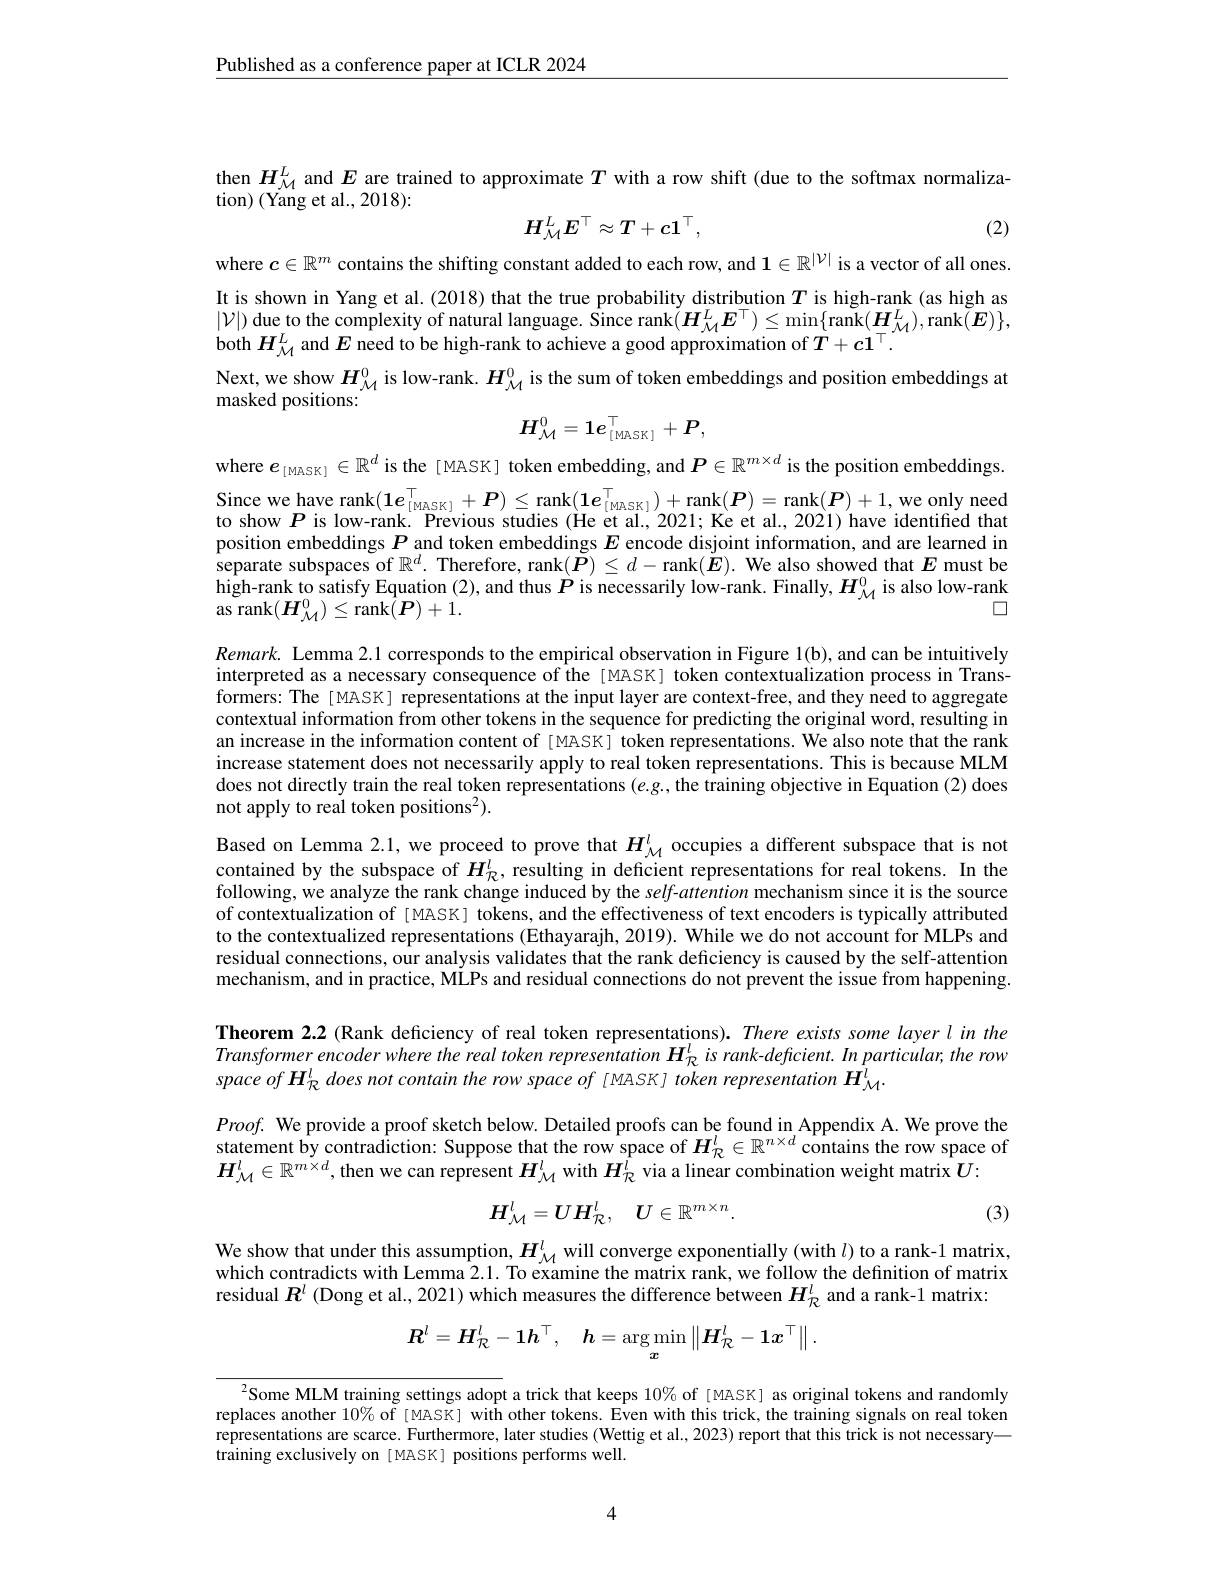
$\underline{\text{Published as a conference paper at ICLR 2024}}$

then $H_{\mathcal{M}}^L$ and $E$ are trained to approximate $T$ with a row shift (due to the softmax normaliza-

tion) (Yang et al., 2018):
$$H_{\mathcal{M}}^LE^\top\approx T+c1^\top,$$
(2)

where $c\in\mathbb{R}^m$ contains the shifting constant added to each row, and $1\in\mathbb{R}^{|\mathcal{V}|}$ is a vector of all ones. It is shown in Yang et al.(2018) that the true probability distribution $T$ is high-rank (as high as $|\mathcal{V}|)$ due to the complexity of natural language. $\hat{\text{Since rank}}(\boldsymbol{H}_{\mathcal{M}}^L\boldsymbol{E}^\top)\leq\min\{$rank$(\boldsymbol{H}_{\mathcal{M}}^L)$,rank$(\boldsymbol{E})\}$, both $H_{\mathcal{M}}^L$ and $E$ need to be high-rank to achieve a good approximation of $T+c1^\top.$
Next, we show $H_\mathrm{\mathcal{M}}^0$ is low-rank. $H_\mathrm{\mathcal{M}}^0$ is the sum of token embeddings and position embeddings at
masked positions:
$$H_{\mathcal{M}}^0=1e_{[\mathrm{MASK}]}^\top+P,$$
where $\boldsymbol{e}_{[\mathrm{MASK}]}\in\mathbb{R}^d$ is the [MASK] token embedding, and $P\in\mathbb{R}^m\times d$ is the position embeddings.

Since we have
,we only need
$$\operatorname{ank}(\mathbf{1}\boldsymbol{e}_{[\mathrm{MASK}]}^{\top}+\boldsymbol{P})\leq\operatorname{rank}(\mathbf{1}\boldsymbol{e}_{[\mathrm{MASK}]}^{\top})+\operatorname{rank}(\boldsymbol{P})=\operatorname{rank}(\boldsymbol{P})+1,$$
to show $P$ is low-rank. Previous studies (He et al., 2021; Ke et al., 2021) have identified that position embeddings $P_{c^{-1}}$ and token embeddings $E$ encode disjoint information, and are learned in separate subspaces of $\mathbb{R}^d.$ Therefore, rank$(\tilde{\boldsymbol{P}})\leq d-$rank$(\tilde{\boldsymbol{E}}).$ We also showed that $E$ must be $\hat{\text{high-rank to satisfy Equation }}(2)$, and thus $\hat{\boldsymbol{P}}$ is necessarily low-rank. Finally, $H_{\mathcal{M}}^{0}$ is also low-rank
$\square$
$\operatorname{as}\operatorname{rank}(\boldsymbol{H}_{\mathcal{M}}^{0})\leq\operatorname{rank}(\dot{\boldsymbol{P}})+\dot{1}.$

Remark. Lemma 2.1 corresponds to the empirical observation in Figure 1(b), and can be intuitively interpreted as a necessary consequence of the [MASK] token contextualization process in Transformers: The[ MASK] representations at the input layer are context-free, and they need to aggregate contextual information from other tokens in the sequence for predicting the original word, resulting in an increase in the information content of [MASK] token representations. We also note that the rank increase statement does not necessarily apply to real token representations. This is because MLM does not directly train the real token representations $(e.g.$,the training objective in Equation (2) does not apply to real token positions$^2).$

Based on Lemma 2.1, we proceed to prove that $H_{\mathcal{M}}^{l}$ occupies a different subspace that is not contained by the subspace of $H_{\mathbb{R}}^l$, resulting in deficient representations for real tokens. In the following, we analyze the rank change induced by the self-attention mechanism since it is the source of contextualization of [MASK] tokens, and the effectiveness of text encoders is typically attributed to the contextualized representations (Ethayarajh, 2019). While we do not account for MLPs and residual connections, our analysis validates that the rank deficiency is caused by the self-attention mechanism, and in practice, MLPs and residual connections do not prevent the issue from happening

Theorem 2.2 (Rank deficiency of real token representations).There exists some layer lin the Transformer encoder where the real token representation $H_{\mathbb{R}}^{l}$ is rank-deficient. In particular, the row space of H'R does not contain the row space of [MASK] token representation $H_{\mathcal{M}}^{l}.$

## $Proof.$ We provide a proof sketch below. Detailed proofs can be found in Appendix A. We prove the statement by contradiction: Suppose that the row space of $H_{\mathcal{R}}^l\in\mathbb{R}^{n\times d}$ contains the row space of $\boldsymbol{H}_{\mathcal{M}}^l\in\mathbb{R}^{m\times d}$, then we can represent $\boldsymbol{H}_{\mathcal{M}}^l$ with $\boldsymbol{H}_\mathcal{R}^l$ via a linear combination weight matrix $\boldsymbol{U}:$
$$H_{\mathcal M}^l=UH_{\mathcal R}^l,\quad U\in\mathbb{R}^{m\times n}.$$
(3)

We show that under this assumption, $H_{\mathcal{M}}^{l}$ will converge exponentially (with $l)$ to a rank-1 matrix, which contradicts with Lemma 2.1. To examine the matrix rank, we follow the definition of matrix residual $R^l$ (Dong et al., 2021) which measures the difference between $H_{\mathcal{R}}^l$ and a rank-1 matrix:
$$\boldsymbol{R}^{l}=\boldsymbol{H}_{\mathcal{R}}^{l}-\boldsymbol{1}\boldsymbol{h}^{\top},\quad\boldsymbol{h}=\arg\min_{\boldsymbol{x}}\left\|\boldsymbol{H}_{\mathcal{R}}^{l}-\boldsymbol{1}\boldsymbol{x}^{\top}\right\|.$$
$^{2}$Some MLM training settings adopt a trick that keeps $10\%$ of [MASK] as original tokens and randomly replaces another $10\%$ of [MASK] with other tokens. Even with this trick, the training signals on real token representations are scarce. Furthermore, later studies (Wettig et al., 2023) report that this trick is not necessary— training exclusively on [ MASK] positions performs well.

4